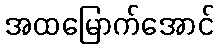
အထမြောက်အောင်